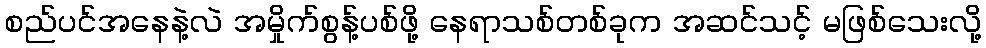
စည်ပင်အနေနဲ့လဲ အမှိုက်စွန့်ပစ်ဖို့ နေရာသစ်တစ်ခုက အဆင်သင့် မဖြစ်သေးလို့